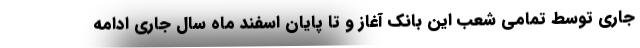
جاری توسط تمامی شعب این بانک آغاز و تا پایان اسفند ماه سال جاری ادامه